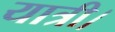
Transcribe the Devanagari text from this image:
यात्री।